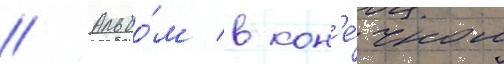
// Альбо́м в кон'е́чном